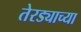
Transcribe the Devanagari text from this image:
तेरड्याच्या